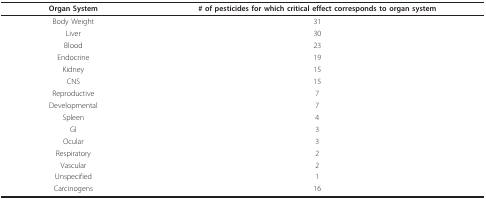
<table><thead><tr><td><b>Organ System</b></td><td><b># of pesticides for which critical effect corresponds to organ system</b></td></tr></thead><tbody><tr><td>Body Weight</td><td>31</td></tr><tr><td>Liver</td><td>30</td></tr><tr><td>Blood</td><td>23</td></tr><tr><td>Endocrine</td><td>19</td></tr><tr><td>Kidney</td><td>15</td></tr><tr><td>CNS</td><td>15</td></tr><tr><td>Reproductive</td><td>7</td></tr><tr><td>Developmental</td><td>7</td></tr><tr><td>Spleen</td><td>4</td></tr><tr><td>GI</td><td>3</td></tr><tr><td>Ocular</td><td>3</td></tr><tr><td>Respiratory</td><td>2</td></tr><tr><td>Vascular</td><td>2</td></tr><tr><td>Unspecified</td><td>1</td></tr><tr><td>Carcinogens</td><td>16</td></tr></tbody></table>